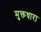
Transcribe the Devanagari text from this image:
मुक्तधारा